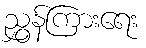
ညွှန်ကြားရေး